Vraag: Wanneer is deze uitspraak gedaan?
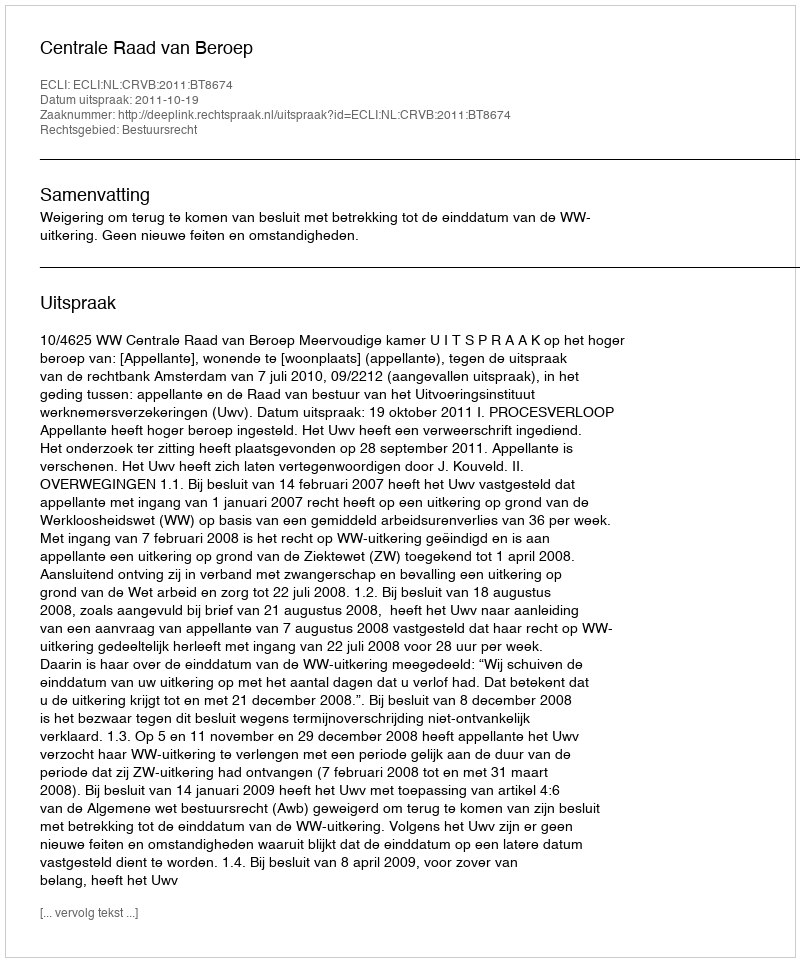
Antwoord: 2011-10-19